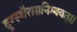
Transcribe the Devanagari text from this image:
दूरस्थैराम्रनिम्बवत्।।